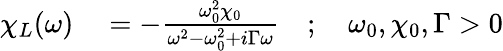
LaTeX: \begin{array}{rl}{\chi_{L}(\omega)}&{{}=-\frac{\omega_{0}^{2}\chi_{0}}{\omega^{2}-\omega_{0}^{2}+i\Gamma\omega}\quad;\quad\omega_{0},\chi_{0},\Gamma>0}\end{array}